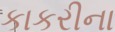
કાકરીના